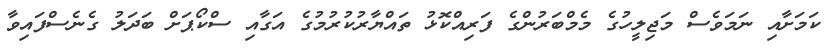
ކަމަށާއި ނަމަވެސް މަޖިލީހުގެ މެމްބަރުންގެ ފަރިއްކޮޅު ތައްޔާރުކުރުމުގެ އަގާއި ސްކޯޕަށް ބަދަލު ގެނެސްފައިވާ